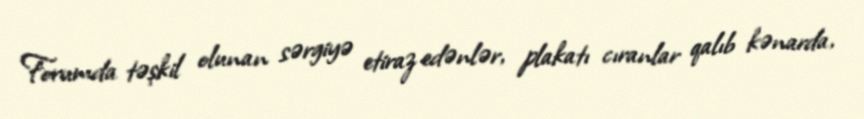
Forumda təşkil olunan sərgiyə etiraz edənlər, plakatı cıranlar qalıb kənarda,